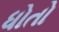
ધોતો